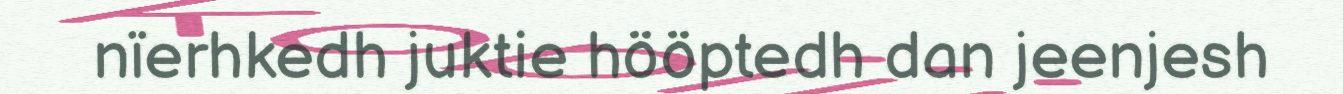
nïerhkedh juktie hööptedh dan jeenjesh